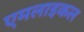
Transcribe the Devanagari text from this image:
एमलाइकल